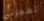
تهجرني